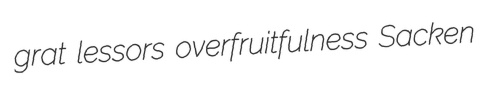
grat lessors overfruitfulness Sacken